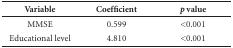
<table><thead><tr><td><b>Variable</b></td><td><b>Coefficient</b></td><td><b><i>p</i> value</b></td></tr></thead><tbody><tr><td>MMSE</td><td>0.599</td><td>&lt;0.001</td></tr><tr><td>Educational level</td><td>4.810</td><td>&lt;0.001</td></tr></tbody></table>